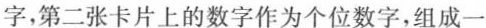
字，第二张卡片上的数字作为个位数字，组成一